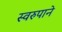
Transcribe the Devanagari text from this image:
स्वरुपाने